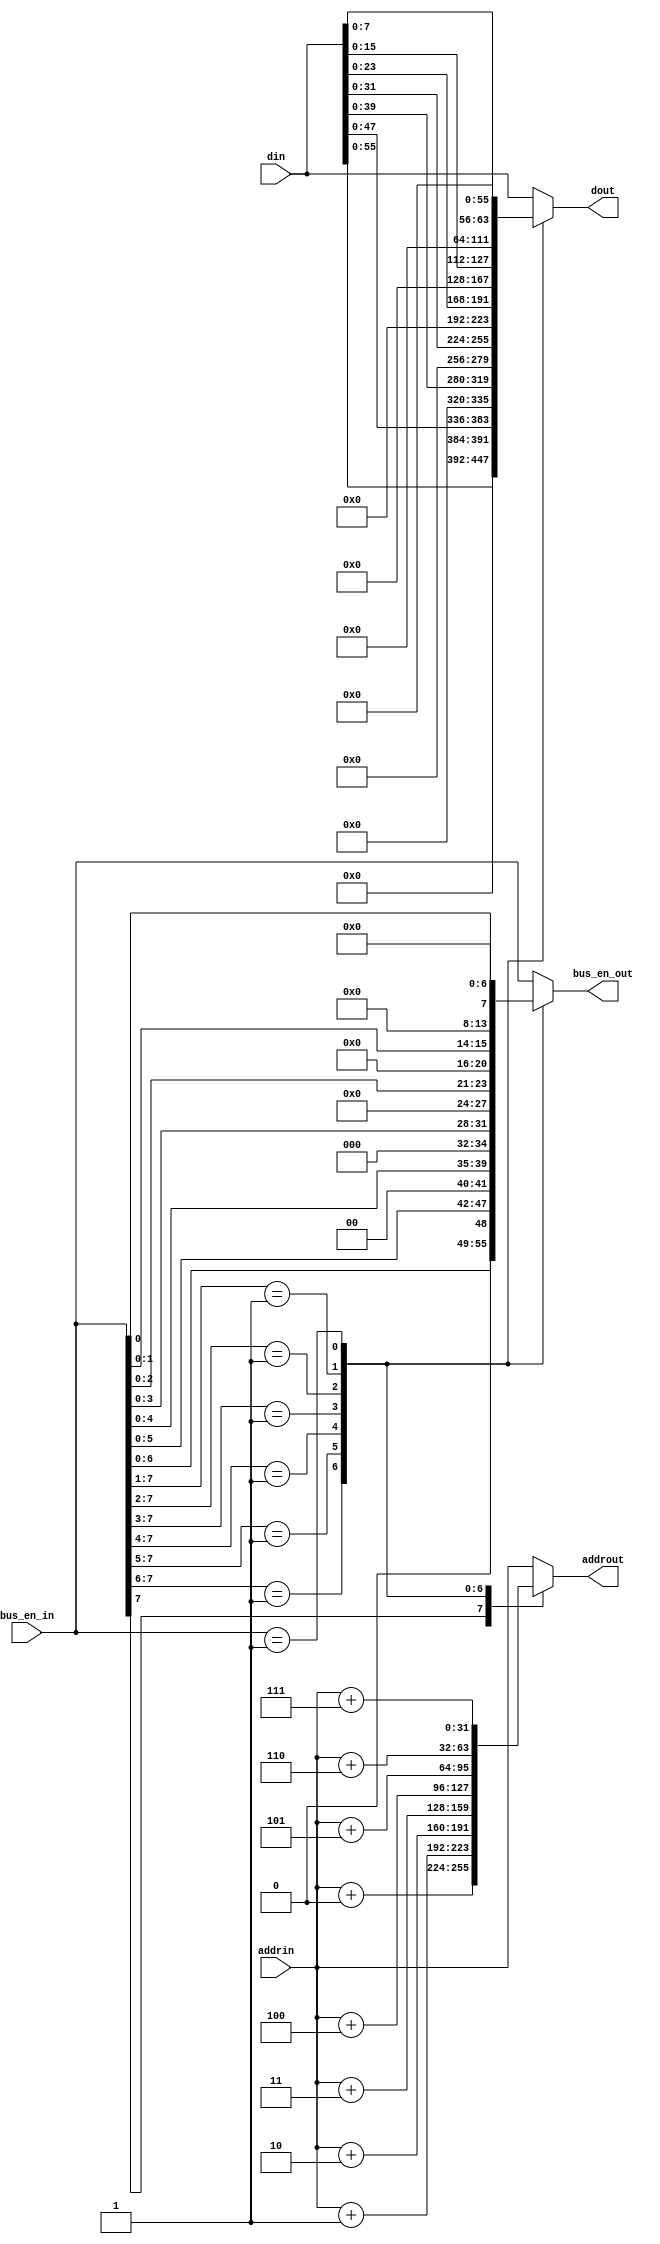
module adbus_invert
(
    input    wire [7:0]    bus_en_in,
    input    wire [31:0]   addrin,
    input    wire [63:0]   din,
    output   reg  [7:0]    bus_en_out,  
    output   reg  [31:0]   addrout,
    output   reg  [63:0]   dout
);
        
//  wire [7:0]  bus_en;
//  assign bus_en = {!bus_en_in[7], !bus_en_in[6], !bus_en_in[5], !bus_en_in[4], !bus_en_in[3], !bus_en_in[2], !bus_en_in[1], !bus_en_in[0]};         
//  assign bus_en = {!bus_en_in[0], !bus_en_in[1], !bus_en_in[2], !bus_en_in[3], !bus_en_in[4], !bus_en_in[5], !bus_en_in[6], !bus_en_in[7]};      
   always@*
       casex(bus_en_in)                                                          
           8'b1???_????: addrout    =    addrin + 4'h0;                          
           8'b01??_????: addrout    =    addrin + 4'h1;                          
           8'b001?_????: addrout    =    addrin + 4'h2;                          
           8'b0001_????: addrout    =    addrin + 4'h3;  
           8'b0000_1???: addrout    =    addrin + 4'h4;                         
           8'b0000_01??: addrout    =    addrin + 4'h5;                          
           8'b0000_001?: addrout    =    addrin + 4'h6;
           8'b0000_0001: addrout    =    addrin + 4'h7;                                                  
	       default:      addrout    =    addrin;                                
       endcase  
     
    always@*            
       casex(bus_en_in) 
           8'b1???_????: dout    =    din;
           8'b01??_????: dout    =    {din[55:0],8'b0};
           8'b001?_????: dout    =    {din[47:0],16'b0};
           8'b0001_????: dout    =    {din[39:0],24'b0};
           8'b0000_1???: dout    =    {din[31:0],32'b0};                                                    
           8'b0000_01??: dout    =    {din[23:0],40'b0};             
           8'b0000_001?: dout    =    {din[15:0],48'b0};           
           8'b0000_0001: dout    =    {din[7:0],56'b0};                                             
	       default:       dout    =    din;     
       endcase			 
                        
    always@*            
       casex(bus_en_in)                                                       
          8'b1???_????: bus_en_out    =    bus_en_in;                          
          8'b01??_????: bus_en_out    =    {bus_en_in[6:0], 1'b0};                          
          8'b001?_????: bus_en_out    =    {bus_en_in[5:0], 2'b0};                          
          8'b0001_????: bus_en_out    =    {bus_en_in[4:0], 3'b0};                          
          8'b0000_1???: bus_en_out    =    {bus_en_in[3:0], 4'b0};                          
          8'b0000_01??: bus_en_out    =    {bus_en_in[2:0], 5'b0};                          
          8'b0000_001?: bus_en_out    =    {bus_en_in[1:0], 6'b0};
          8'b0000_0001: bus_en_out    =    {bus_en_in[0]  , 7'b0};            
	       default:      bus_en_out    =    bus_en_in;                                
       endcase                    
       
endmodule